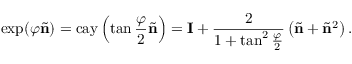
\exp ( \varphi \tilde { \mathbf { n } } ) = \mathrm { c a y } \left( \tan \frac { \varphi } { 2 } \tilde { \mathbf { n } } \right) = \mathbf { I } + \frac { 2 } { 1 + \tan ^ { 2 } \frac { \varphi } { 2 } } \left( \tilde { \mathbf { n } } + \tilde { \mathbf { n } } ^ { 2 } \right) .